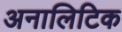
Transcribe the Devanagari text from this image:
अनालिटिक